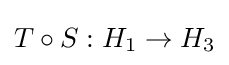
T\circ S:H_{1}\to H_{3}